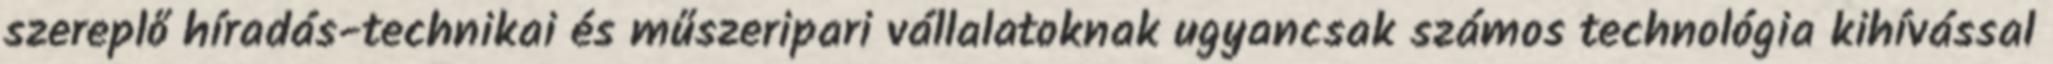
szereplő híradás-technikai és műszeripari vállalatoknak ugyancsak számos technológia kihívással